Vaccination in Bombay 1902-1912 - 1902-1912
Year: 1902
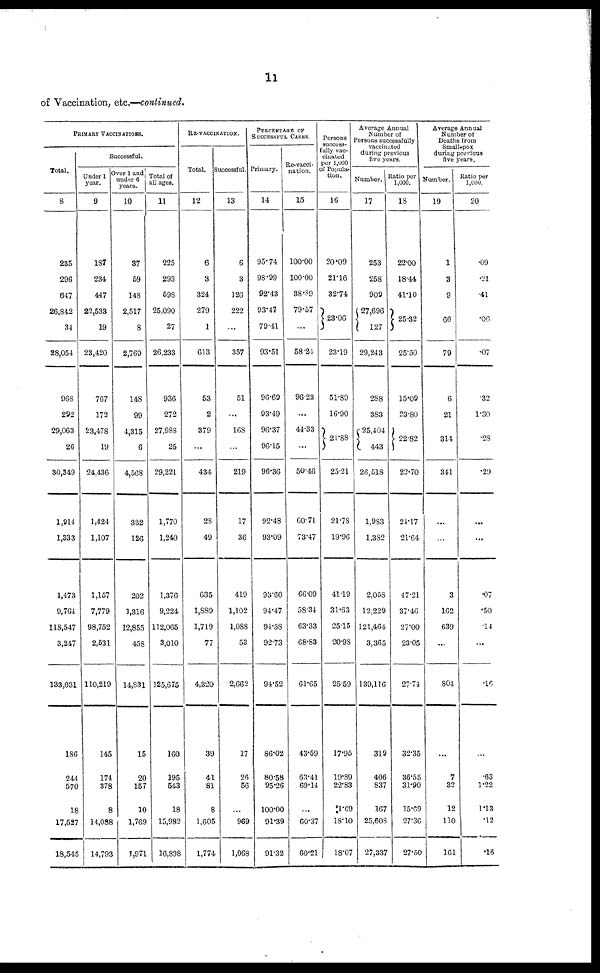
11
of Vaccination, etc.—continued.
PRIMARY VACCINATIONS.
Total.
8
235
296
647
26,842
34
28,054
968
292
29,063
26
30,349
1,914
1,333
1,473
9,764
118,547
3,247
133,031
186
244
570
18
17,527
18,545
Successful.
Under 1
year.
9
187
234
447
22,533
19
23,420
767
172
23,478
19
24,436
1,424
1,107
1,157
7,779
98,752
2,531
110,219
145
174
378
8
14,038
14,793
Over 1 and,
under 6
years.
10
37
59
148
2,517
8
2,769
148
99
4,315
6
4,568
332
126
202
1,316
12,855
458
14,831
15
20
157
10
1,769
1,971
Total of
all ages.
11
225
293
598
25,090
27
26,233
936
272
27,988
25
29,221
1,770
1,240
1,376
9,224
112,065
3,010
125,675
160
195
543
18
15,982
16,898
RE-VACCINATION.
Total.
12
6
3
324
279
1
613
53
2
379
...
434
28
49
635
1,889
1,719
77
4,320
39
41
81
8
1,605
1,774
Successful.
13
6
3
126
222
...
357
51
...
168
...
219
17
36
419
1,102
1,088
53
2,662
17
26
56
...
969
1,068
PERCENTAGE OF
SUCCESSFUL CASES.
Primary.
14
95.74
98.99
92.43
93.47
79.41
93.51
96.69
93.49
96.37
96.15
96.36
92.48
93.09
93.60
94.47
94.58
92.73
94.52
86.02
80.58
95.26
100.00
91.39
91.32
Re-vacci-
nation.
15
100.00
100.00
38.89
79.57
...
58.24
96.23
...
44.33
...
50.46
60.71
73.47
66.09
58.34
63.33
68.83
61.65
43.59
63.41
69.14
...
60.37
60.21
Persons
success-
fully vac-
cinated
per 1,000
of Popula-
tion.
16
20.09
21.16
32.74
23.06
23.19
51.89
16.90
24.88
25.21
21.78
19.96
41.19
31.63
25.15
20.98
25.59
17.95
19.89
22.83
1.69
18.10
18.07
Average Annual
Number of
Persons successfully
vaccinated
during previous
five years.
Number.
17
253
258
909
27,696
127
29,243
288
383
25,404
443
26,518
1,983
1,382
2,058
12,229
121,464
3,365
139,116
319
406
837
167
25,608
27,337
Ratio per
1,000.
18
22.00
18.44
41.10
25.32
25.50
15.09
23.80
22.82
22.70
24.17
21.64
47.21
37.46
27.00
23.05
27.74
32.35
36.55
31.90
15.69
27.36
27.50
Average Annual
Number of
Deaths from
Small-pox
during previous
five years.
Number.
19
1
3
9
66
79
6
21
314
341
...
...
3
162
639
...
804
...
7
32
12
110
161
Ratio per
1,000.
20
.09
.21
.41
.06
.07
.32
1.30
.28
.29
...
...
.07
.50
.14
...
.16
...
.63
1.22
1.13
.12
.16